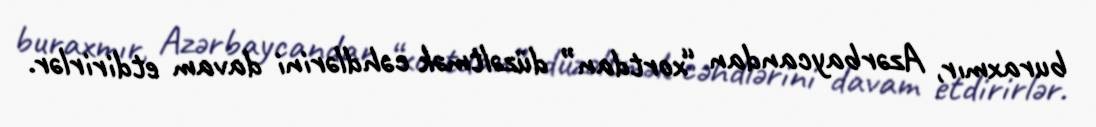
buraxmır, Azərbaycandan “xortdan” düzəltmək cəhdlərini davam etdirirlər.